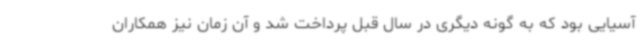
آسیایی بود که به گونه دیگری در سال قبل پرداخت شد و آن زمان نیز همکاران